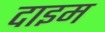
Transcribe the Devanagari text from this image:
दाइम